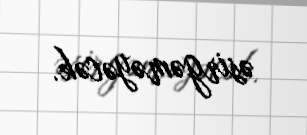
əsirgəməyəcək.